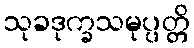
သုခဒုက္ခသမုပ္ပတ္တိ